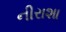
નીરાશા